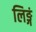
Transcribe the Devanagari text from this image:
लिङ्गं